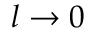
l \to 0